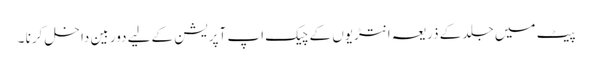
پیٹ میں جلد کے ذریعہ انتڑیوں کے چیک اپ آپریشن کےلیے دوربین داخل کرنا ۔